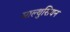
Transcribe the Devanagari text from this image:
माल्थुसियन